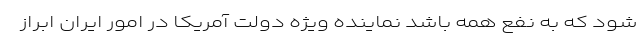
شود که به نفع همه باشد نماینده ویژه دولت آمریکا در امور ایران ابراز